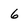
Character: 6